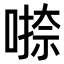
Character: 𭊁